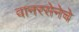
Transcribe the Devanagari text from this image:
वानरसेनेचे